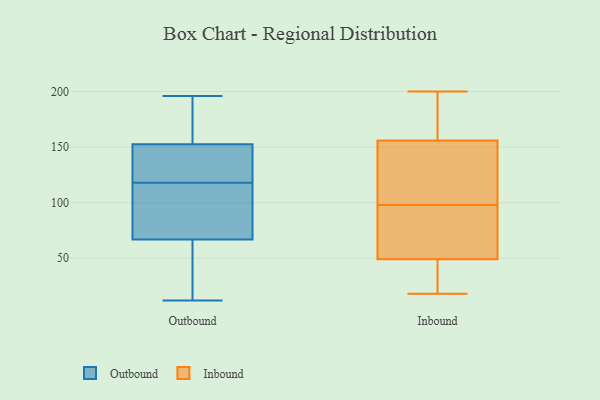
{"axis": {"x": "Latency (ms)", "y": "Value"}, "legend": ["Inbound", "Outbound"], "data": [{"x": "", "y": 13, "type": "Outbound"}, {"x": "", "y": 178, "type": "Outbound"}, {"x": "", "y": 126, "type": "Outbound"}, {"x": "", "y": 37, "type": "Outbound"}, {"x": "", "y": 137, "type": "Outbound"}, {"x": "", "y": 196, "type": "Outbound"}, {"x": "", "y": 12, "type": "Outbound"}, {"x": "", "y": 145, "type": "Outbound"}, {"x": "", "y": 66, "type": "Outbound"}, {"x": "", "y": 118, "type": "Outbound"}, {"x": "", "y": 155, "type": "Outbound"}, {"x": "", "y": 69, "type": "Outbound"}, {"x": "", "y": 21, "type": "Outbound"}, {"x": "", "y": 178, "type": "Outbound"}, {"x": "", "y": 178, "type": "Outbound"}, {"x": "", "y": 87, "type": "Outbound"}, {"x": "", "y": 118, "type": "Outbound"}, {"x": "", "y": 88, "type": "Outbound"}, {"x": "", "y": 111, "type": "Outbound"}, {"x": "", "y": 134, "type": "Inbound"}, {"x": "", "y": 121, "type": "Inbound"}, {"x": "", "y": 109, "type": "Inbound"}, {"x": "", "y": 18, "type": "Inbound"}, {"x": "", "y": 200, "type": "Inbound"}, {"x": "", "y": 156, "type": "Inbound"}, {"x": "", "y": 31, "type": "Inbound"}, {"x": "", "y": 62, "type": "Inbound"}, {"x": "", "y": 191, "type": "Inbound"}, {"x": "", "y": 87, "type": "Inbound"}, {"x": "", "y": 31, "type": "Inbound"}, {"x": "", "y": 163, "type": "Inbound"}, {"x": "", "y": 49, "type": "Inbound"}, {"x": "", "y": 49, "type": "Inbound"}, {"x": "", "y": 80, "type": "Inbound"}, {"x": "", "y": 187, "type": "Inbound"}, {"x": "", "y": 18, "type": "Inbound"}, {"x": "", "y": 141, "type": "Inbound"}]}